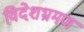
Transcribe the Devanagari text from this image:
विदेशभ्रमण